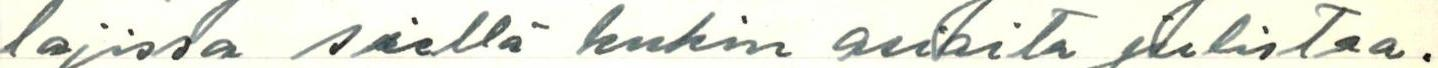
lajissa siellä kukin asioita julistaa.